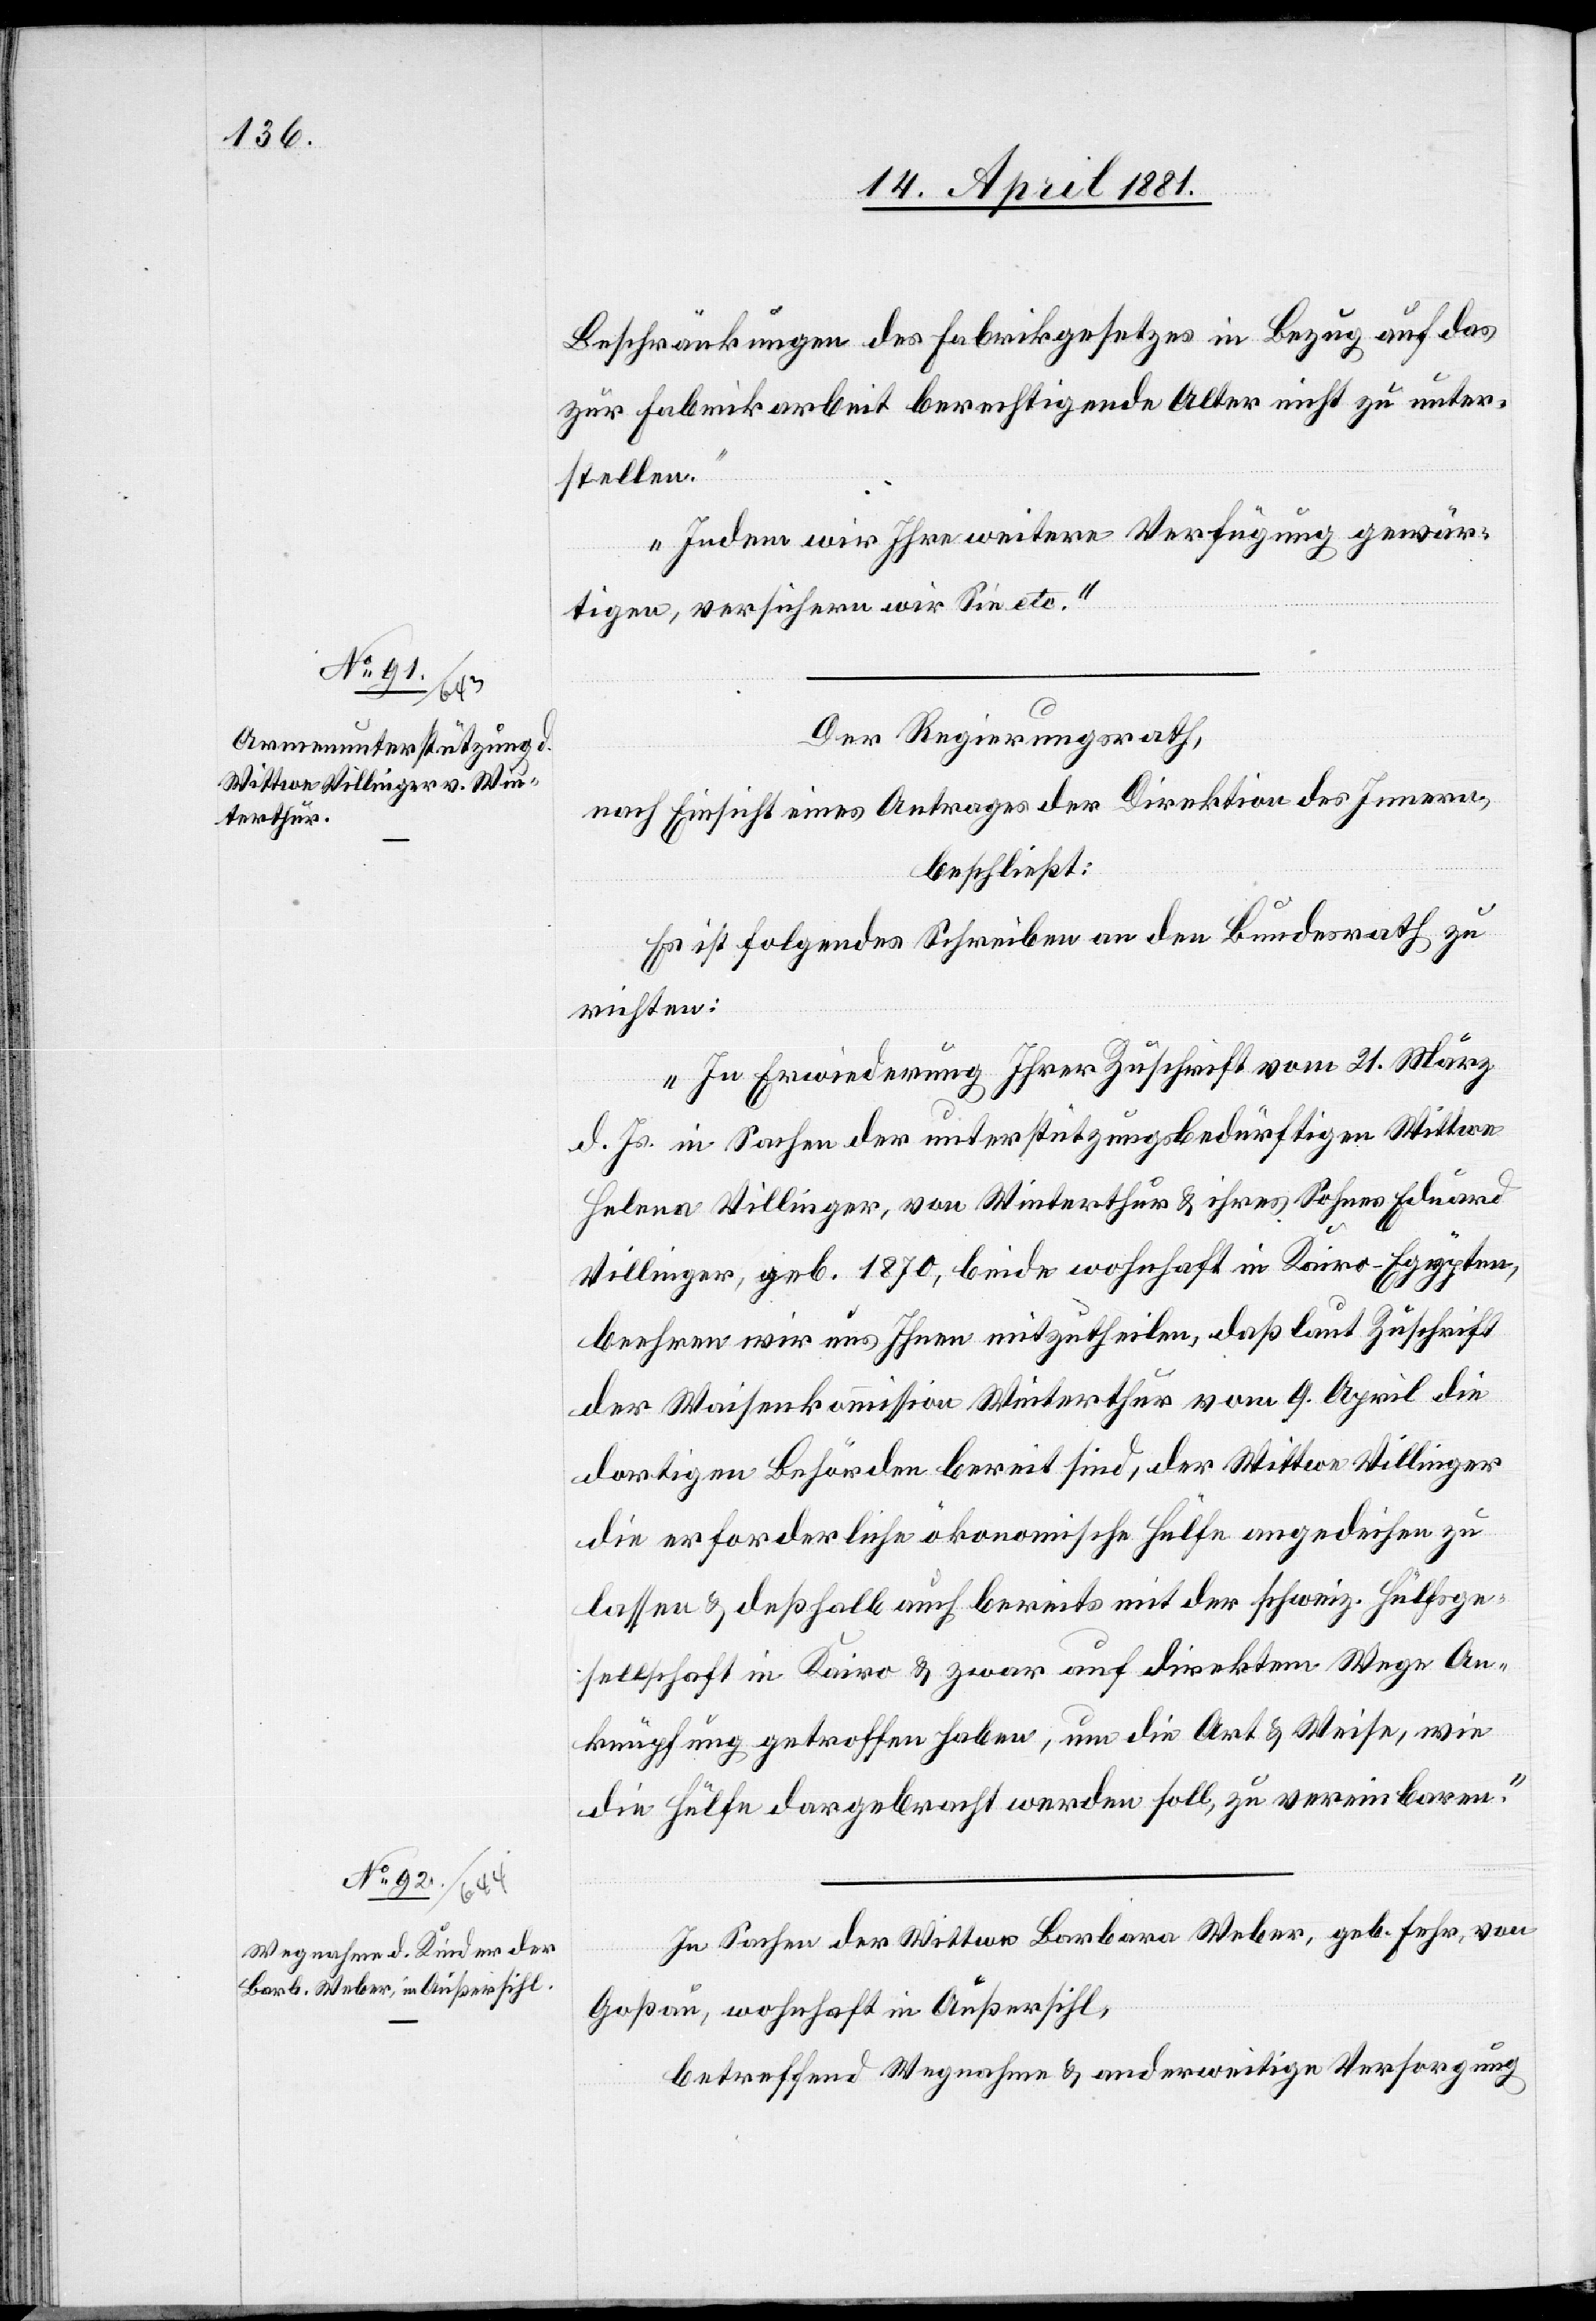
Beschränkungen des Fabrikgesetzes in Bezug auf das
zur Fabrikarbeit berechtigende Alter nicht zu unter¬
stellen.
Indem wir Ihre weitere Verfügung gewär¬
tigen, versichern wir Sie etc.“
Der Regierungsrath,
nach Einsicht eines Antrages der Direktion des Innern,
beschließt:
Es ist folgendes Schreiben an den Bundesrath zu
richten:
„In Erwiederung Ihrer Zuschrift vom 21. März
d. Js. in Sachen der unterstützungsbedürftigen Wittwe
Helene Villinger, von Winterthur & ihres Sohnes Eduard
Villinger, geb. 1870, beide wohnhaft in Kairo - Egypten,
beehren wir uns Ihnen mitzutheilen, daß laut Zuschrift
der Waisenkommission Winterthur vom 9. April die
dortigen Behörden bereit sind, der Wittwe Villinger
die erforderliche ökonomische Hülfe angedeihen zu
lassen & deßhalb auch bereits mit der Schweiz. Hülfsge¬
sellschaft in Kairo & zwar auf direktem Wege An¬
knüpfung getroffen haben, um die Art & Weise, wie
die Hülfe dargebracht werden soll, zu vereinbaren.“
In Sachen der Wittwe Barbara Weber, geb. Fehr, von
Goßau, wohnhaft in Außersihl,
betreffend Wegnahme & anderweitige Versorgung